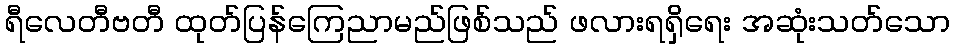
ရီလေတီဗတီ ထုတ်ပြန်ကြေညာမည်ဖြစ်သည် ဖလားရရှိရေး အဆုံးသတ်သော